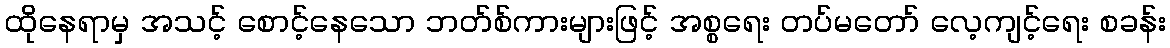
ထိုနေရာမှ အသင့် စောင့်နေသော ဘတ်စ်ကားများဖြင့် အစ္စရေး တပ်မတော် လေ့ကျင့်ရေး စခန်း